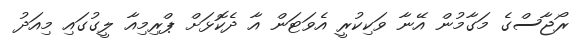
ރޯޖާސްގެ މަގާމުން އޭނާ ވަކިކުރީ އެވަޓަން އާ ދެކޮޅަށް ޕްރިމިއާ ލީގުގައި މިއަދު